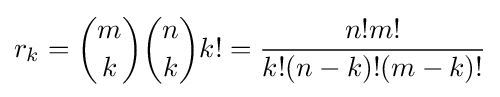
r_{k}={\binom {m}{k}}{\binom {n}{k}}k!={\frac {n!m!}{k!(n-k)!(m-k)!}}